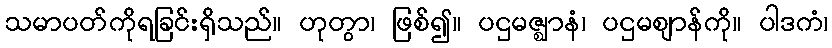
သမာပတ်ကိုရခြင်းရှိသည်။ ဟုတွာ၊ ဖြစ်၍။ ပဌမဇ္ဈာနံ၊ ပဌမဈာန်ကို။ ပါဒကံ၊